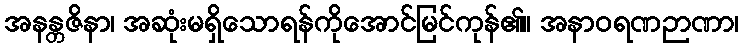
အနန္တဇိနာ၊ အဆုံးမရှိသောရန်ကိုအောင်မြင်ကုန်၏။ အနာဝရဏဉာဏာ၊